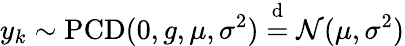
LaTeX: y_{k}\sim\operatorname{PCD}(0,g,\mu,\sigma^{2})\overset{\mathrm{d}}{=}\mathcal{N}(\mu,\sigma^{2})